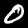
Digit: 0